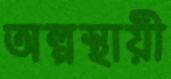
অল্পস্থায়ী